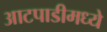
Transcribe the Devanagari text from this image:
आटपाडीमध्ये